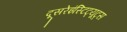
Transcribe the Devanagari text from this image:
दूसरेइंस्टिट्यूट्स